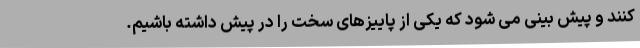
کنند و پیش بینی می شود که یکی از پاییزهای سخت را در پیش داشته باشیم.